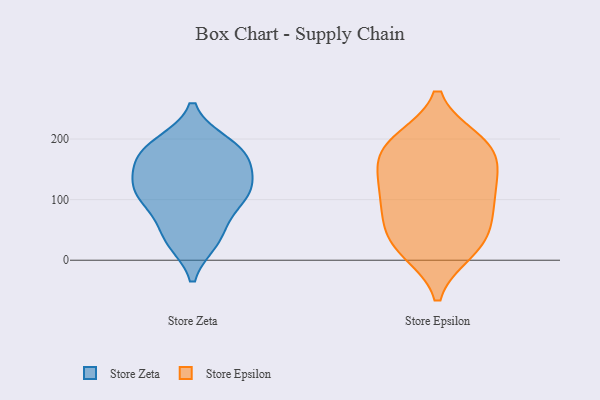
{"axis": {"x": "Market Share (%)", "y": "Value"}, "legend": ["Store Epsilon", "Store Zeta"], "data": [{"x": "", "y": 32, "type": "Store Zeta"}, {"x": "", "y": 112, "type": "Store Zeta"}, {"x": "", "y": 147, "type": "Store Zeta"}, {"x": "", "y": 114, "type": "Store Zeta"}, {"x": "", "y": 174, "type": "Store Zeta"}, {"x": "", "y": 116, "type": "Store Zeta"}, {"x": "", "y": 48, "type": "Store Zeta"}, {"x": "", "y": 192, "type": "Store Zeta"}, {"x": "", "y": 90, "type": "Store Zeta"}, {"x": "", "y": 32, "type": "Store Zeta"}, {"x": "", "y": 190, "type": "Store Zeta"}, {"x": "", "y": 176, "type": "Store Zeta"}, {"x": "", "y": 132, "type": "Store Zeta"}, {"x": "", "y": 171, "type": "Store Zeta"}, {"x": "", "y": 101, "type": "Store Zeta"}, {"x": "", "y": 192, "type": "Store Epsilon"}, {"x": "", "y": 198, "type": "Store Epsilon"}, {"x": "", "y": 88, "type": "Store Epsilon"}, {"x": "", "y": 93, "type": "Store Epsilon"}, {"x": "", "y": 14, "type": "Store Epsilon"}, {"x": "", "y": 128, "type": "Store Epsilon"}, {"x": "", "y": 52, "type": "Store Epsilon"}, {"x": "", "y": 14, "type": "Store Epsilon"}, {"x": "", "y": 147, "type": "Store Epsilon"}, {"x": "", "y": 51, "type": "Store Epsilon"}, {"x": "", "y": 167, "type": "Store Epsilon"}, {"x": "", "y": 197, "type": "Store Epsilon"}, {"x": "", "y": 182, "type": "Store Epsilon"}, {"x": "", "y": 133, "type": "Store Epsilon"}, {"x": "", "y": 29, "type": "Store Epsilon"}, {"x": "", "y": 98, "type": "Store Epsilon"}]}